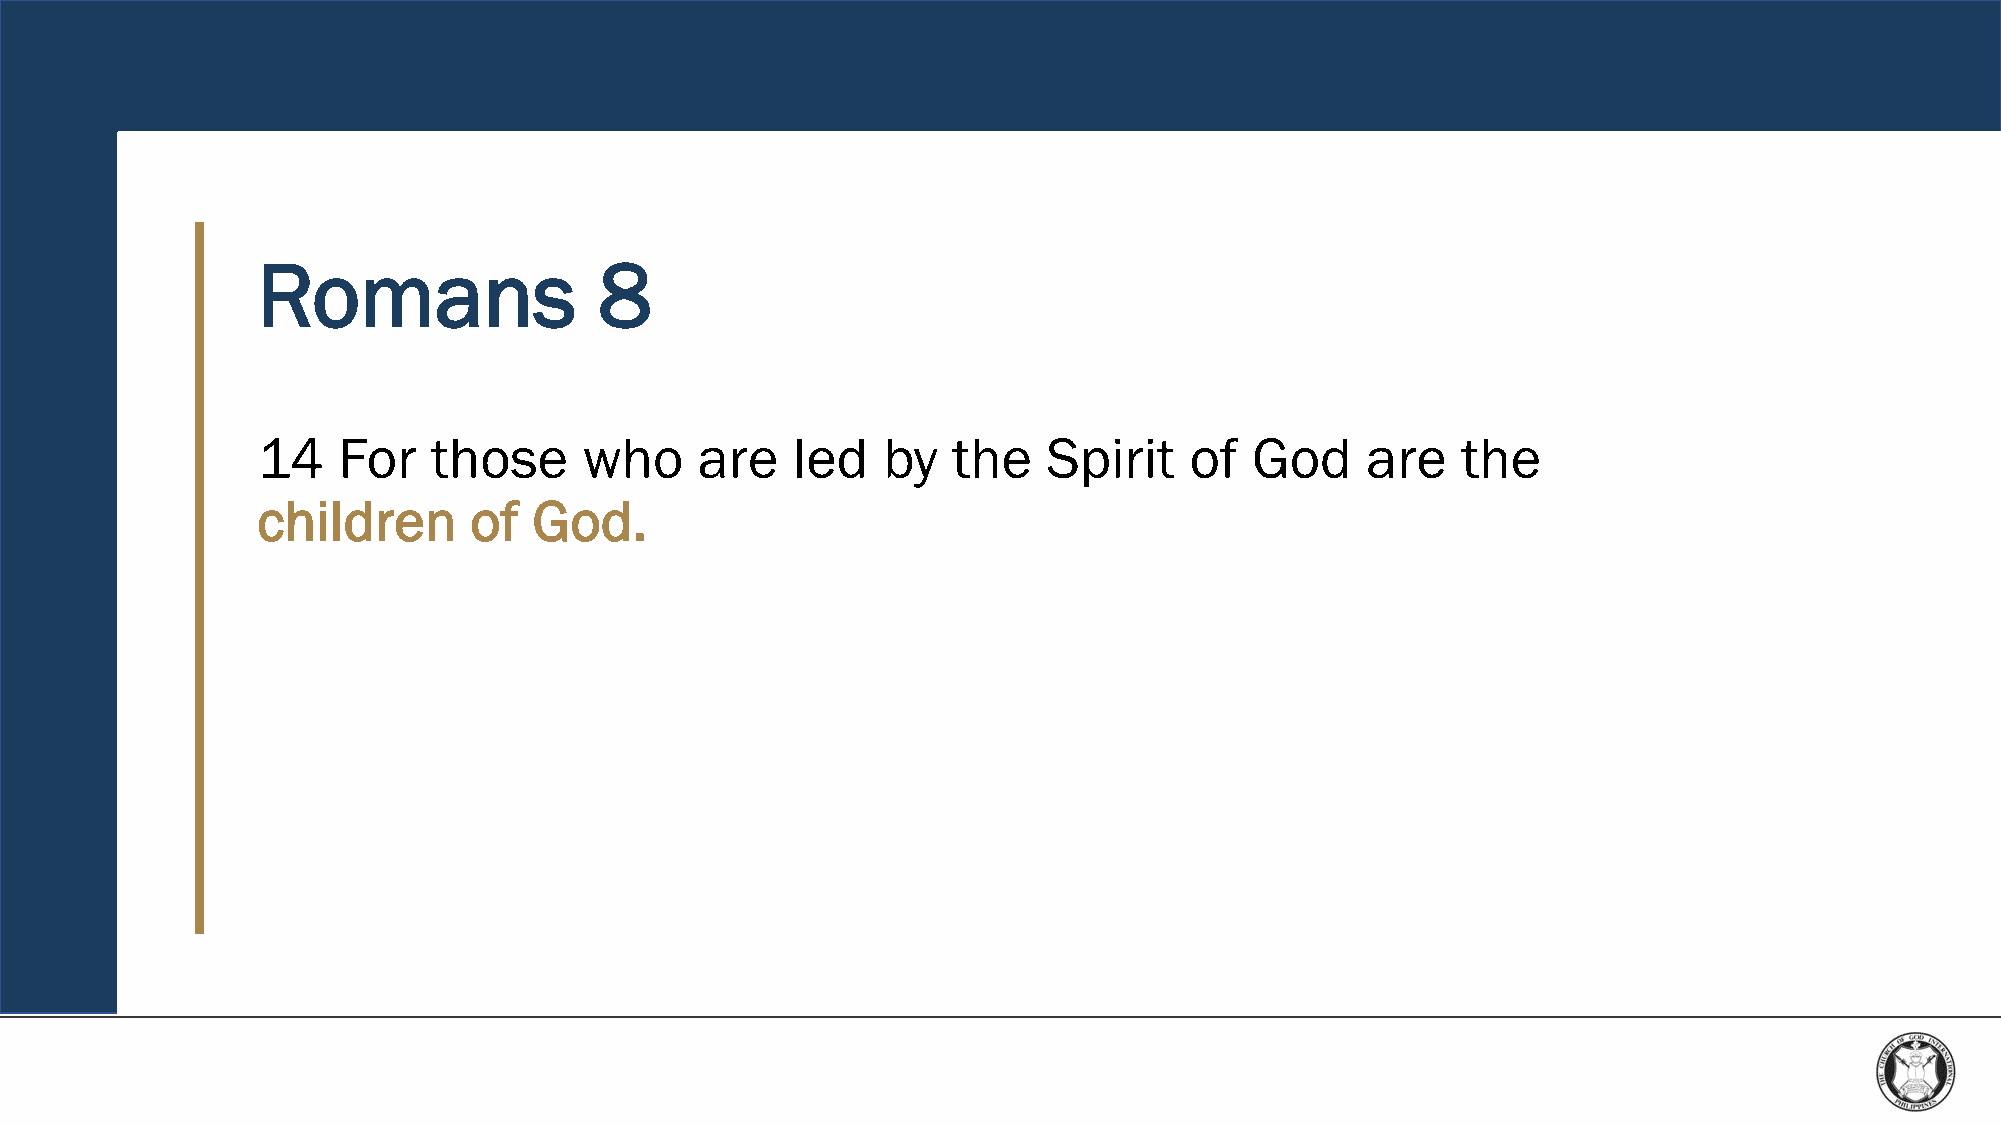
Romans                 8
 14   For    those     who    are   led   by   the   Spirit    of  God    are    the
 children      of  God.